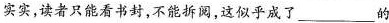
实实，读者只能看书封，不能拆阅，这似乎成了___的